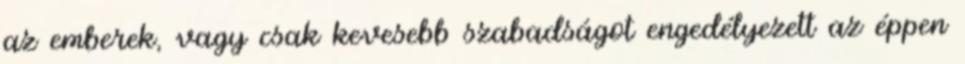
az emberek, vagy csak kevesebb szabadságot engedélyezett az éppen